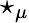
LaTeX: \star_{\mu}